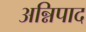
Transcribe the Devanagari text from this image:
अन्निपाद